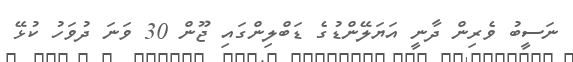
ނަސީބު ވެރިން ދާނީ އަޔަލޭންޑުގެ ޑަބްލިންގައި ޖޫން 30 ވަނަ ދުވަހު ކުޅޭ